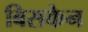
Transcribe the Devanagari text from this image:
बिसकेन